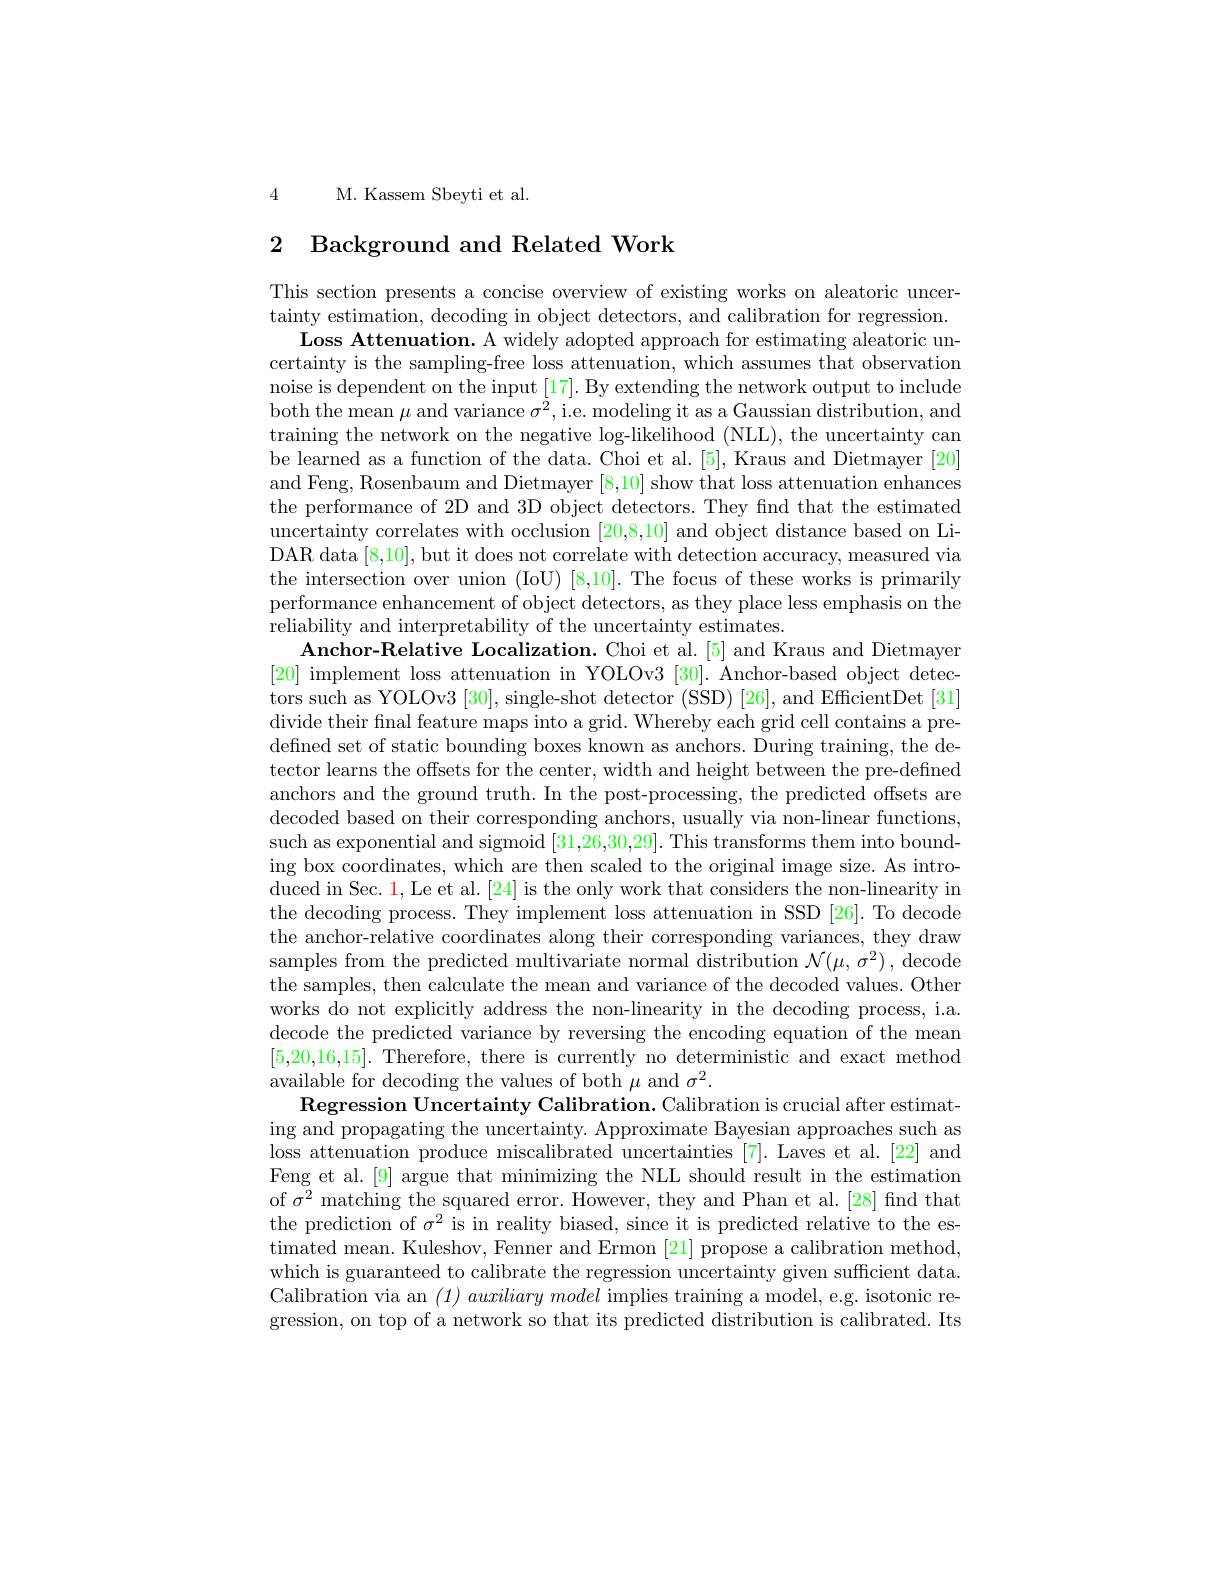
4 M. Kassem Sbeyti et al.

# 2 Background and Related Work

This section presents a concise overview of existing works on aleatoric uncertainty estimation, decoding in object detectors, and calibration for regression.
Loss Attenuation. A widely a certainty is the sampling-free loss attenuation, which assumes that observation noise is dependent on the input [17]. By extending the network output to include both the mean $\mu$ and variance $\sigma^2$, i.e. modeling it as a Gaussian distribution, and training the network on the negative log-likelihood (NLL), the uncertainty can be learned as a function of the data. Choi et al. [5], Kraus and Dietmayer [20] and Feng, Rosenbaum and Dietmayer [8,10] show that loss attenuation enhances the performance of 2D and 3D object detectors. They fnd that the estimated uncertainty correlates with occlusion [20,8,10] and object distance based on LiDAR data [8,10], but it does not correlate with detection accuracy, measured via the intersection over union (IoU) [8,10]. The focus of these works is primarily performance enhancement of object detectors, as they place less emphasis on the reliability and interpretabi
Anchor-Relative Localization. Choi et al.[5] and Kraus and Dietmayer [20] implement loss attenuation in YOLOv3 [30]. Anchor-based object detectors such as YOLOv3 [30], single-shot detector (SSD) [26], and EfficientDet [31] divide their fınal feature maps into a grid. Whereby each grid cell contains a predefned set of static bounding boxes known as anchors. During training, the detector learns the offsets for the center, width and height between the pre-defined anchors and the ground truth. In the post-processing, the predicted offsets are decoded based on their corre such as exponential and sigmoid [31,26,30,29]. This transforms them into bounding box coordinates, which are then scaled to the original image size. As introduced in Sec. 1, Le et al. [24] is the only work that considers the non-linearity in the decoding process. They i the anchor-relative coordinates along their corresponding variances, they draw samples from the predicted multivariate normal distribution $\mathcal{N}(\mu,\sigma^2)$, decode the samples, then calculate the mean and variance of the decoded values. Other works do not explicitly address the non-linearity in the decoding process, i.a. decode the predicted variance by reversing the encoding equation of the mean [5,20,16,15]. Therefore, there is currently no deterministic and exact method available for decoding the values of both $\mu$ and $\sigma^2.$
Regression Uncertainty Calibration. Calibration is crucial after estimat- ing and propagating the uncertainty. Approximate Bayesian approaches such as loss attenuation produce miscalibrated uncertainties [7].Laves et al.[22] and Feng et al.[9] argue that minimizing the NLL should result in the estimation of $\sigma^2$ matching the squared error. However, they and Phan et al.[28] find that the prediction of $\sigma^2$ is i timated mean. Kuleshov, Fenner and Ermon [21] propose a calibration method, which is guaranteed to calibrate the regression uncertainty given sufficient data. Calibration via an $( 1) \textit{aux}$ gression, on top of a network so that its predicted distribution is calibrated. Its